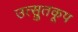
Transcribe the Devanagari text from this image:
उत्स्रुतकूप